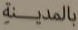
بالمدينة